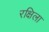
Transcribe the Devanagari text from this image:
रक्षिला